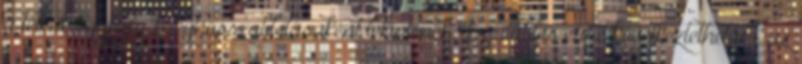
a telkük egyfajta meghosszabbításaként tekintenek. Legalábbis erre következtethetünk az